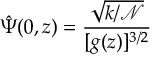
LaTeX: \hat { \Psi } ( 0 , z ) = \frac { \sqrt { k / { \mathcal { N } } } } { [ g ( z ) ] ^ { 3 / 2 } }